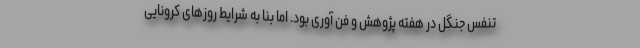
تنفس جنگل در هفته پژوهش و فن آوری بود. اما بنا به شرایط روزهای کرونایی